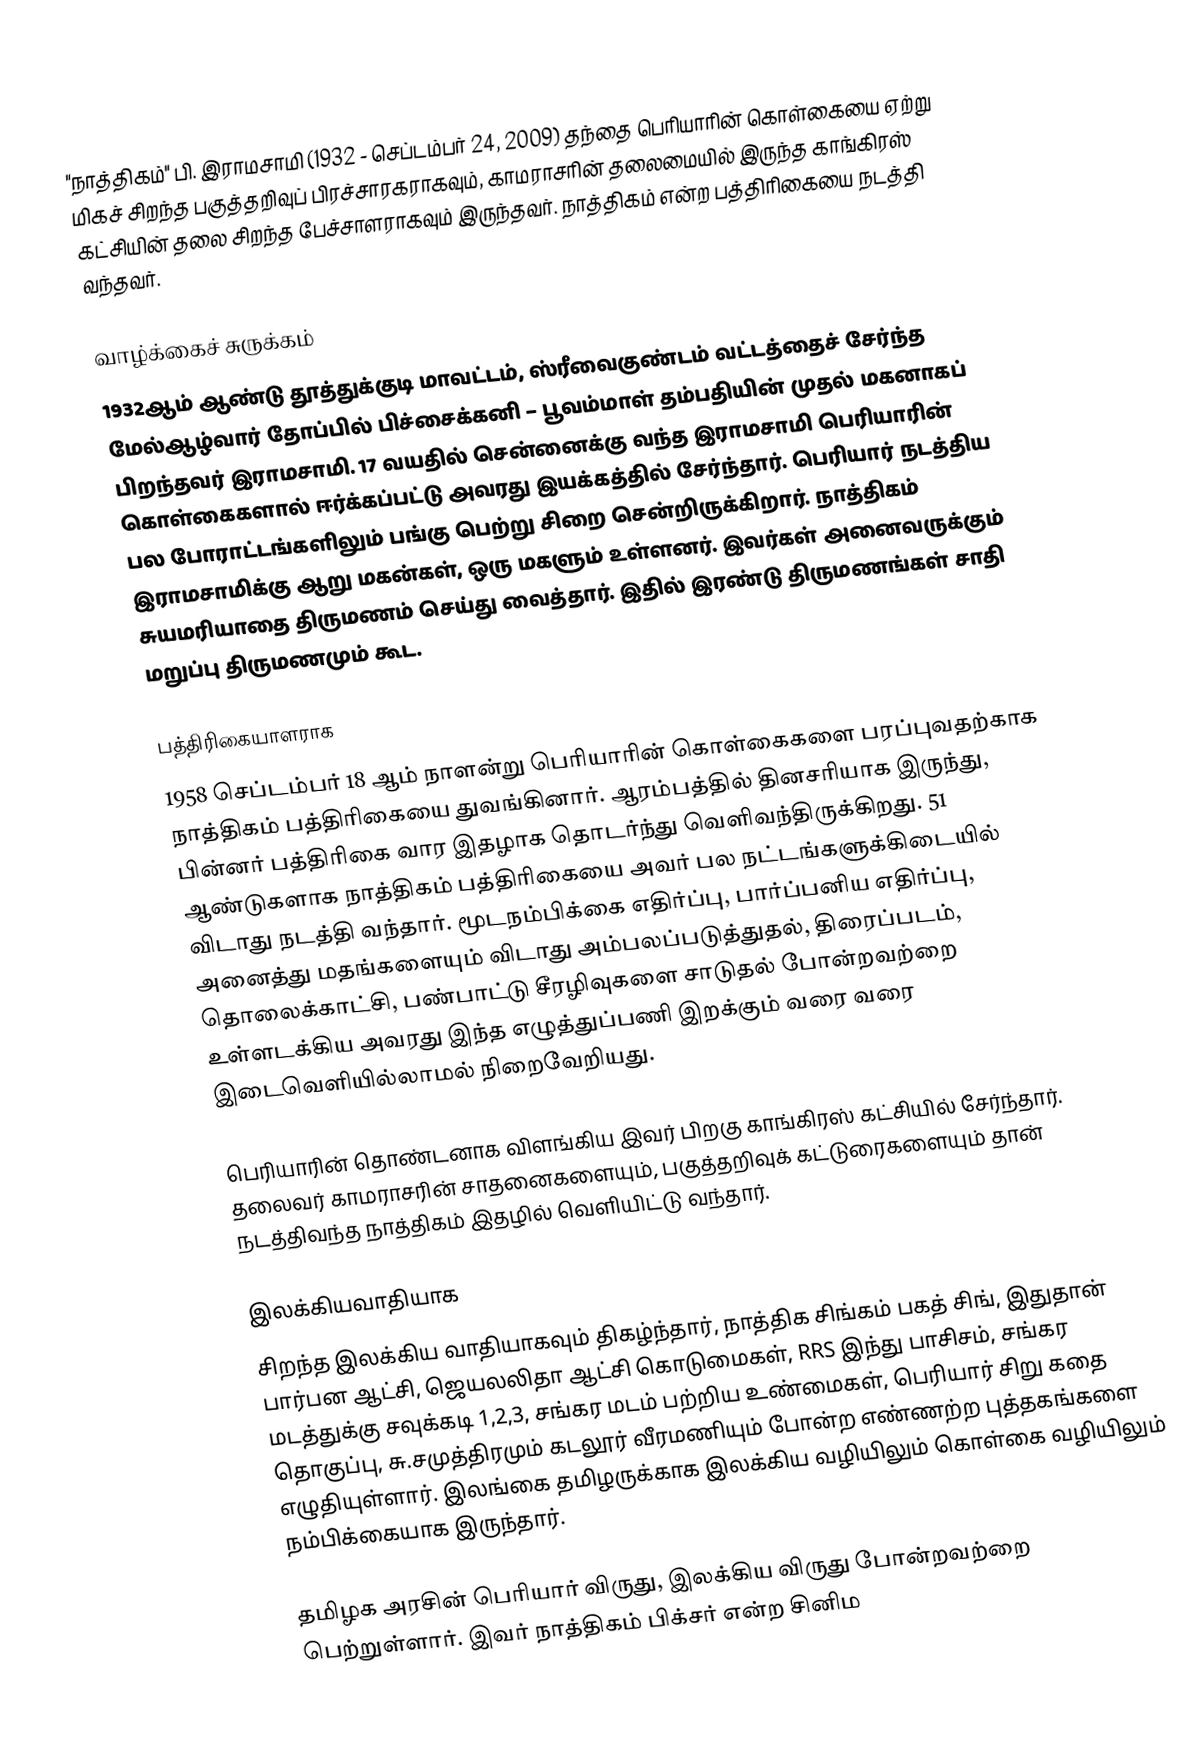
"நாத்திகம்" பி. இராமசாமி (1932 - செப்டம்பர் 24, 2009) தந்தை பெரியாரின் கொள்கையை ஏற்று மிகச் சிறந்த பகுத்தறிவுப் பிரச்சாரகராகவும், காமராசரின் தலைமையில் இருந்த காங்கிரஸ் கட்சியின் தலை சிறந்த பேச்சாளராகவும் இருந்தவர். நாத்திகம் என்ற பத்திரிகையை நடத்தி வந்தவர்.

வாழ்க்கைச் சுருக்கம்
1932ஆம் ஆண்டு தூத்துக்குடி மாவட்டம், ஸ்ரீவைகுண்டம் வட்டத்தைச் சேர்ந்த மேல்ஆழ்வார் தோப்பில் பிச்சைக்கனி – பூவம்மாள் தம்பதியின் முதல் மகனாகப் பிறந்தவர் இராமசாமி. 17 வயதில் சென்னைக்கு வந்த இராமசாமி பெரியாரின் கொள்கைகளால் ஈர்க்கப்பட்டு அவரது இயக்கத்தில் சேர்ந்தார். பெரியார் நடத்திய பல போராட்டங்களிலும் பங்கு பெற்று சிறை சென்றிருக்கிறார். நாத்திகம் இராமசாமிக்கு ஆறு மகன்கள், ஒரு மகளும் உள்ளனர். இவர்கள் அனைவருக்கும் சுயமரியாதை திருமணம் செய்து வைத்தார். இதில் இரண்டு திருமணங்கள் சாதி மறுப்பு திருமணமும் கூட.

பத்திரிகையாளராக
1958 செப்டம்பர் 18 ஆம் நாளன்று பெரியாரின் கொள்கைகளை பரப்புவதற்காக நாத்திகம் பத்திரிகையை துவங்கினார். ஆரம்பத்தில் தினசரியாக இருந்து, பின்னர் பத்திரிகை வார இதழாக தொடர்ந்து வெளிவந்திருக்கிறது. 51 ஆண்டுகளாக நாத்திகம் பத்திரிகையை அவர் பல நட்டங்களுக்கிடையில் விடாது நடத்தி வந்தார். மூடநம்பிக்கை எதிர்ப்பு, பார்ப்பனிய எதிர்ப்பு, அனைத்து மதங்களையும் விடாது அம்பலப்படுத்துதல், திரைப்படம், தொலைக்காட்சி, பண்பாட்டு சீரழிவுகளை சாடுதல்  போன்றவற்றை உள்ளடக்கிய அவரது இந்த எழுத்துப்பணி இறக்கும் வரை வரை இடைவெளியில்லாமல் நிறைவேறியது.

பெரியாரின் தொண்டனாக விளங்கிய இவர் பிறகு காங்கிரஸ் கட்சியில் சேர்ந்தார். தலைவர் காமராசரின் சாதனைகளையும், பகுத்தறிவுக் கட்டுரைகளையும் தான் நடத்திவந்த நாத்திகம் இதழில் வெளியிட்டு வந்தார்.

இலக்கியவாதியாக
சிறந்த இலக்கிய வாதியாகவும் திகழ்ந்தார், நாத்திக சிங்கம் பகத் சிங், இதுதான் பார்பன ஆட்சி, ஜெயலலிதா ஆட்சி கொடுமைகள், RRS இந்து பாசிசம், சங்கர மடத்துக்கு சவுக்கடி 1,2,3, சங்கர மடம் பற்றிய உண்மைகள், பெரியார் சிறு கதை தொகுப்பு, சு.சமுத்திரமும் கடலூர் வீரமணியும் போன்ற  எண்ணற்ற புத்தகங்களை எழுதியுள்ளார். இலங்கை தமிழருக்காக இலக்கிய வழியிலும் கொள்கை வழியிலும் நம்பிக்கையாக இருந்தார்.

தமிழக அரசின் பெரியார் விருது, இலக்கிய விருது போன்றவற்றை பெற்றுள்ளார். இவர் நாத்திகம் பிக்சர் என்ற சினிம